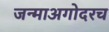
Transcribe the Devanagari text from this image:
जन्माअगोदरच